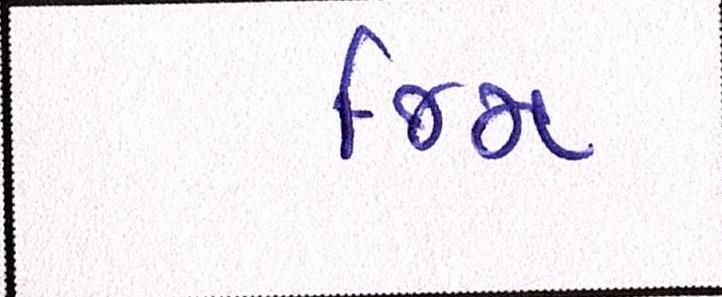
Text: જિમ